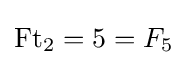
\operatorname {Ft} _{2}=5=F_{5}